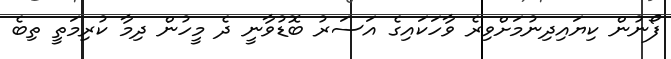
ފޯނުން ކިޔައިދިނުމަށްވިރެ ވާހަކައިގެ އަސަރު ބޮޑުވާނީ ދެ މީހުން ދިމާ ކުރިމަތީ ތިބެ